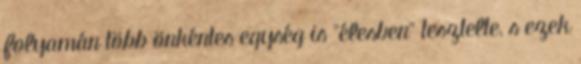
folyamán több önkéntes egység is "élesben" tesztelte, s ezek